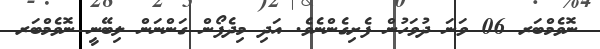
ނޮވެމްބަރ 06 ވަނަ ދުވަހުން ފެށިގެންނެވެ. އަދި މިދެފޯން ގަންނަން ލިބޭނީ ނޮވެމްބަރ